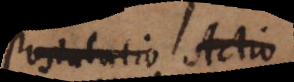
Postulatio Actio